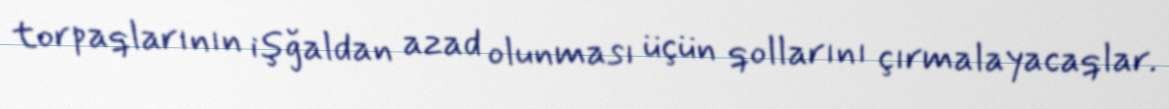
torpaqlarının işğaldan azad olunması üçün qollarını çırmalayacaqlar.